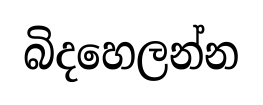
බිදහෙලන්න